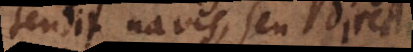
tendit navis, seu directione